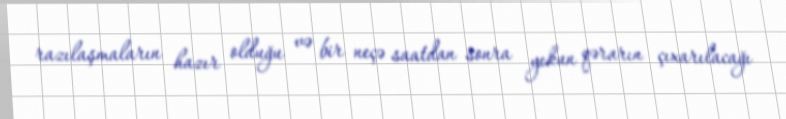
razılaşmaların hazır olduğu və bir neçə saatdan sonra yekun qərarın çıxarılacağı